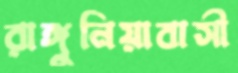
রাঙ্গুনিয়াবাসী